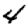
Digit: 4